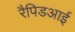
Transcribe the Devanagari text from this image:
रैपिडआई